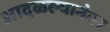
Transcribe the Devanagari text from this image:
आदळल्यानंतर